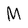
Character: M